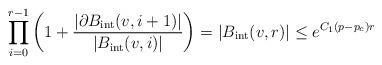
LaTeX: \begin{align*}\prod_{i=0}^{r-1} \left(1+\frac{|\partial B_\mathrm{int}(v,i+1)|}{|B_\mathrm{int}(v,i)|}\right) = |B_\mathrm{int}(v,r)| \leq e^{C_1(p-p_c) r}\end{align*}